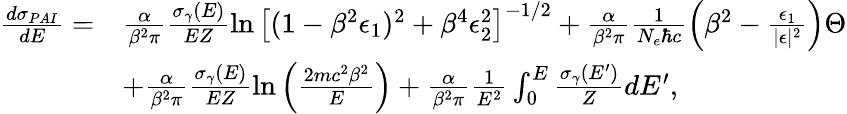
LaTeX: \begin{array}{rl}{\frac{d\sigma_{PAI}}{dE}=}&{\frac{\alpha}{\beta^{2}\pi}\frac{\sigma_{\gamma}(E)}{EZ}\ln\big[(1-\beta^{2}\epsilon_{1})^{2}+\beta^{4}\epsilon_{2}^{2}\big]^{-1/2}+\frac{\alpha}{\beta^{2}\pi}\frac{1}{N_{e}\hbar c}\Big(\beta^{2}-\frac{\epsilon_{1}}{|\epsilon|^{2}}\Big)\Theta}\\ &{+\frac{\alpha}{\beta^{2}\pi}\frac{\sigma_{\gamma}(E)}{EZ}\ln\Big(\frac{2mc^{2}\beta^{2}}{E}\Big)+\frac{\alpha}{\beta^{2}\pi}\frac{1}{E^{2}}\int_{0}^{E}\frac{\sigma_{\gamma}(E^{\prime})}{Z}dE^{\prime},}\end{array}